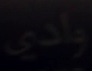
ولدی